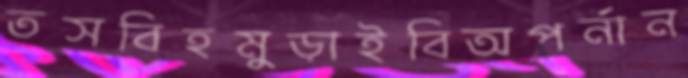
তসবিহমুড়াইবিঅপর্নান